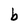
Character: b